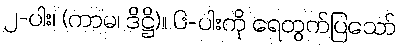
၂-ပါး၊ (ကာမ၊ ဒိဋ္ဌိ)။ ၆-ပါးကို ရေတွက်ပြသော်